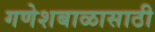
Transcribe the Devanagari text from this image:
गणेशबाळासाठी